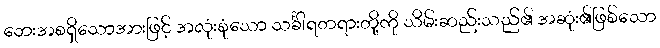
ဘေးအစရှိသောအားဖြင့် အလုံးစုံသော သင်္ခါရတရားတို့ကို သိမ်းဆည်းသည်၏ အဆုံး၏ဖြစ်သော